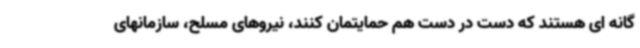
گانه ای هستند که دست در دست هم حمایتمان کنند، نیروهای مسلح، سازمانهای